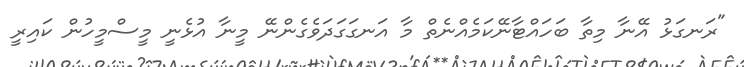
"ރަނގަޅު އޭނާ މިތާ ބަހައްޓާނޭކަމެއްނެތް މާ އަނގަގަދަވެގެންނޭ މީނާ އުޅެނީ މީސްމީހުން ކައިރީ